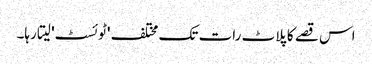
اس قصے کا پلاٹ رات تک مختلف 'ٹوئسٹ' لیتا رہا۔